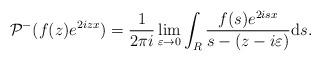
LaTeX: \begin{align*} & \mathcal{P}^- ( f(z) e^{ 2izx}) =\frac{1}{2\pi i}\lim_{\varepsilon \rightarrow 0}\int_{R} \frac{f(s)e^{ 2isx}}{s-(z-i\varepsilon)}\mathrm{d}s.\end{align*}